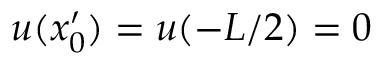
u ( x _ { 0 } ^ { \prime } ) = u ( - L / 2 ) = 0